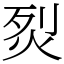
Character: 烮